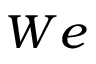
W e